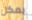
يمكن